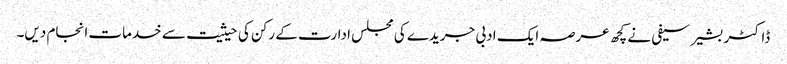
ڈاکٹر بشیر سیفی نے کچھ عرصہ ایک ادبی جریدے کی مجلس ادارت کے رکن کی حیثیت سے خدمات انجام دیں۔